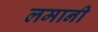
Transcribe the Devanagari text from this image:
लमानी